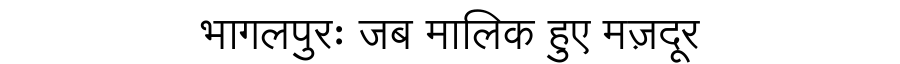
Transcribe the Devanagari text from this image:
भागलपुरः जब मालिक हुए मज़दूर